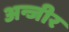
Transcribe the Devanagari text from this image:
अन्जीर